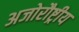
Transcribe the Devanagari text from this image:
अजोरौष्ट्रीय